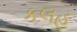
કલહ